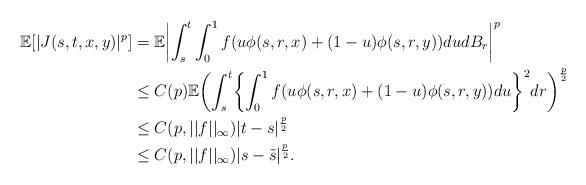
LaTeX: \begin{align*} \mathbb{E}[|J(s,t, x, y)|^p] &= \mathbb{E}\biggl| \int_s^t\int_0^1 f(u\phi(s,r,x) + (1-u)\phi(s,r, y))dudB_r\biggr|^p \\ & \leq C(p) \mathbb{E}\biggl( \int_s^t\biggl\{\int_0^1 f(u\phi(s,r,x) + (1-u)\phi(s,r, y))du\biggr\}^2dr\biggr)^\frac{p}{2} \\ & \leq C(p, ||f||_{\infty}) |t-s|^{\frac{p}{2}}\\& \leq C(p, ||f||_{\infty}) |s-\tilde{s}|^{\frac{p}{2}}.\end{align*}